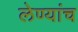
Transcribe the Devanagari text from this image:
लेण्यांच